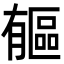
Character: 𣎥